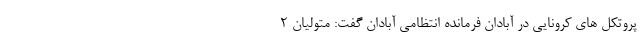
پروتکل های کرونایی در آبادان فرمانده انتظامی آبادان گفت: متولیان ۲